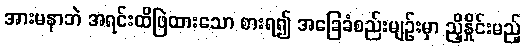
အားမနာဘဲ အရင်းထိဖြဲထားသော စားရ၍ အခြေခံစည်းမျဉ်းမှာ ညှိနှိုင်းမည့်